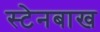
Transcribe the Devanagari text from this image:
स्टेनबाख